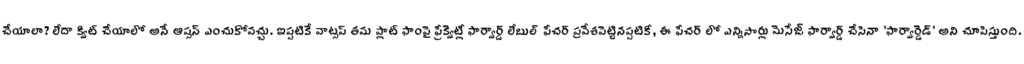
చేయాలా? లేదా క్విట్ చేయాలో అనే ఆప్సన్ ఎంచుకోవచ్చు. ఇప్పటికే వాట్సప్ తమ ప్లాట్ ఫాంపై ఫ్రీక్వెట్లీ ఫార్వార్డ్ లేబుల్ ఫీచర్ ప్రవేశపెట్టినప్పటికీ, ఈ ఫీచర్ లో ఎన్నిసార్లు మెసేజ్ ఫార్వార్డ్ చేసినా 'ఫార్వార్డెడ్' అని చూపిస్తుంది.